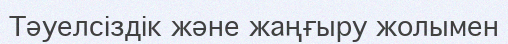
Тәуелсіздік және жаңғыру жолымен